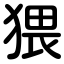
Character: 猥